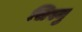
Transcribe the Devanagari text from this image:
सिस्नु